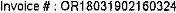
INVOICE # : OR18031902160324